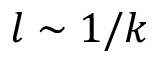
l \sim 1 / k